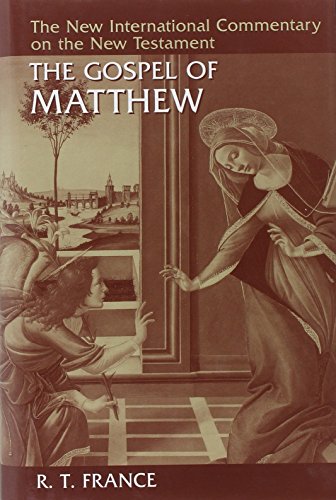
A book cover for The Gospel of Matthew (New International Commentary on the New Testament); R.T. France; Christian Books & Bibles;